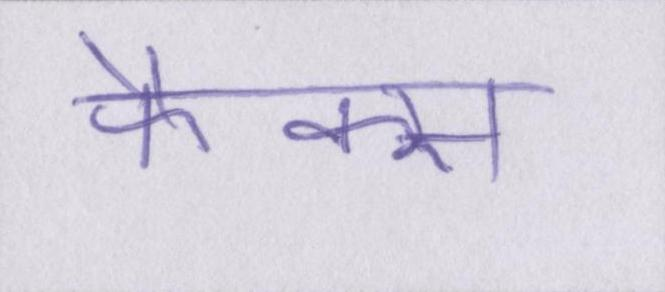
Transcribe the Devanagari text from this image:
फैक्स